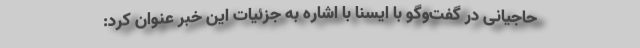
حاجیانی در گفت‌وگو با ایسنا با اشاره به جزئیات این خبر عنوان کرد: